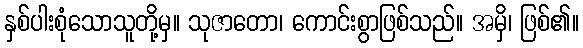
နှစ်ပါးစုံသောသူတို့မှ။ သုဇာတော၊ ကောင်းစွာဖြစ်သည်။ အမှိ၊ ဖြစ်၏။